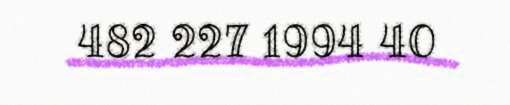
482 227 1994 40